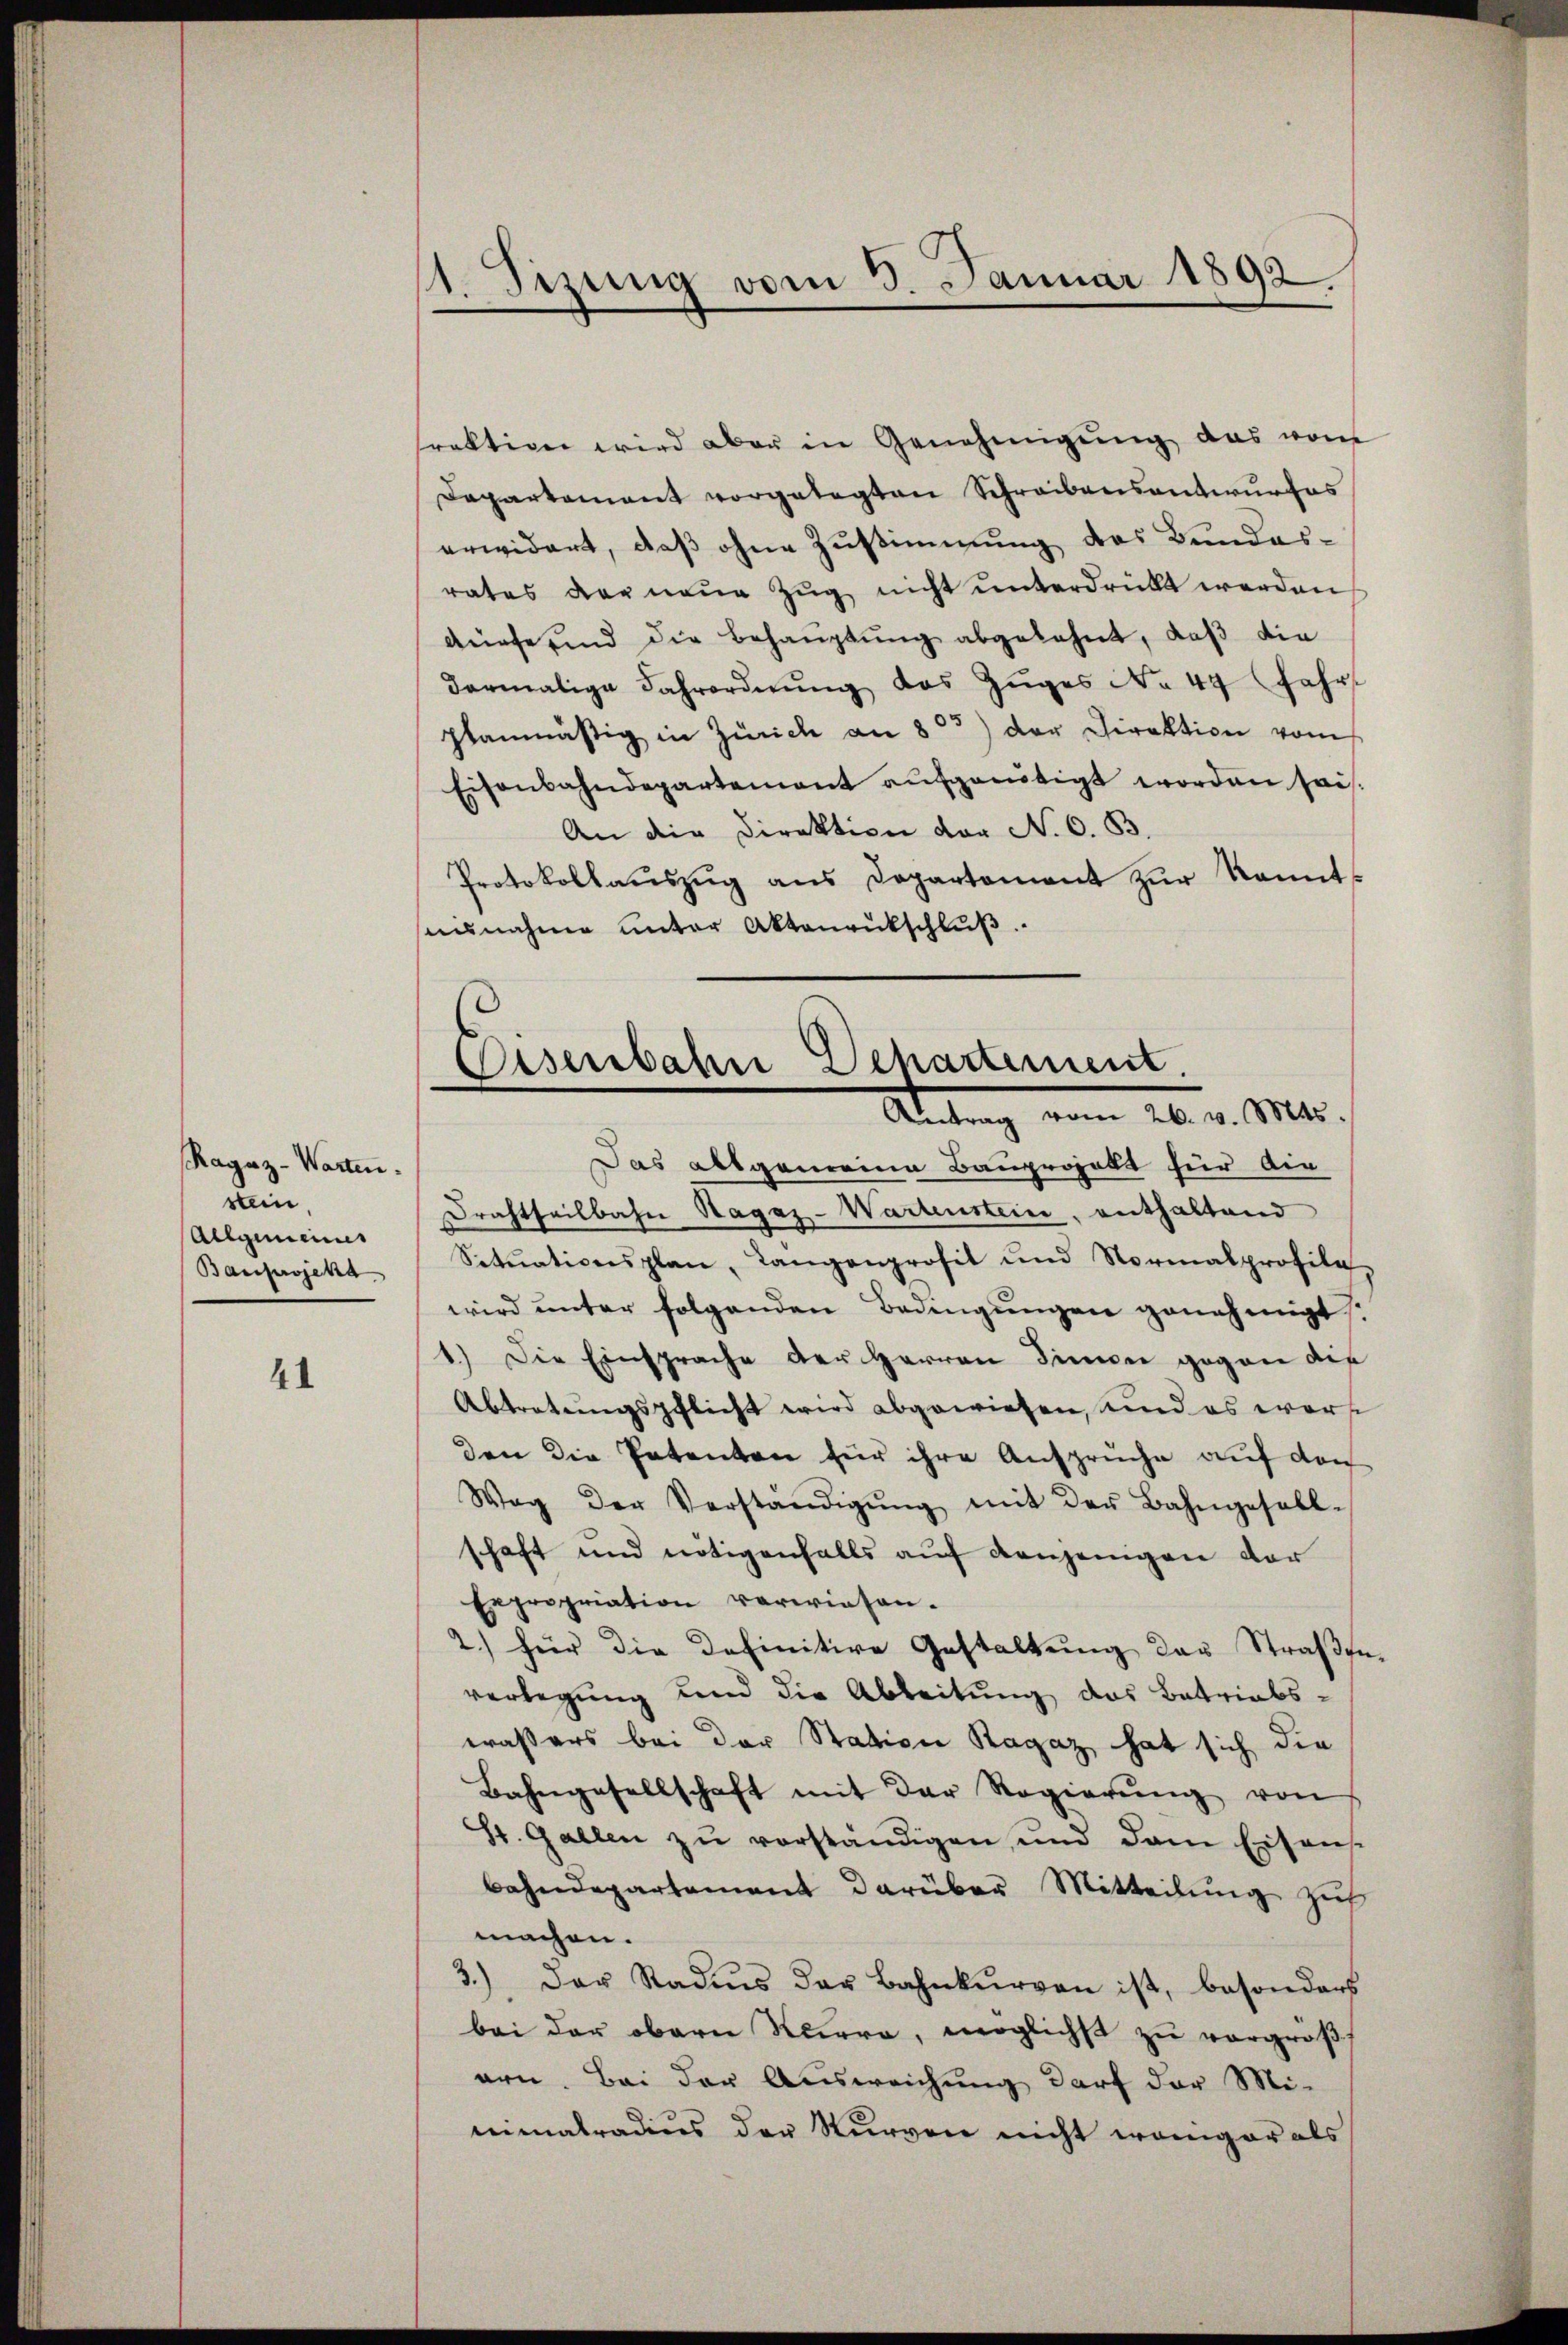
Ragaz-Warten.
stein
Allgemeines
Bauprojekt

41

1. Sizung vom 3. Januar 1892

rektion wird aber in Genehmigŭng das vom
Departement vorgelegten Schreibensantwurfes
erwidert, daß ohne Zustimmung des Bundesrates Berneŭe Zŭg nicht ŭnterdrückt werden
dürfe sind die Behaŭptŭng abgelehnt, daβ die
dermalige Fahrordnŭng des Zŭges No 44 Jahr
planmäßig in Zürich an 803) der Direktion vom
Eisenbahndepartement aŭfgenötigt worden sei.
An die Direktion vor No. 6. 33.
Protokollaŭszŭg ans Departement zŭr Kennt-
annahme unter Aktenrückschlŭβ

Eisenbahn Departement.
Antrag vom 26. v. Mts.

Das allgemeine Bauprojekt für die
Drachtheilbahn Hagaz-Wartenstein, enthaltend
Setŭationsplan, Langenprofit und Normalprofila
wird unter folgenden Bedingungen genehmigt.
1.) Die Einsprache der Herren Simmer gegen der
Abtretungspflicht wird abgewiesen, und es warst
den die Patenten für ihre Ansprüche auf den
Weg der Verständigŭng mit der Bahngesell-
schaft und nötigenfalls auf denjenigen der
Expropriation verwiesen.
2.) Hier die Definitive Gestaltŭng des Straβen-
verlegung und die Ableitung das Betriebswaßers bei der Station Ragaz hat sich die
Bahngesellschaft mit der Regierŭng von
St. Gallen zŭ verständigen und dem Eisens.
bahndepartement darüber Mitteilung zu
machen.
3.) Der Rades der Bahnkŭrvon ist, besonders
bei der obern Neera, möglichst zu vergroß
arn. Bei der Ausweichung darf der Mi-
mmatradius der Sturvere nicht weniger als